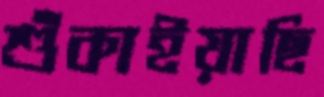
শুঁকাইয়াছি